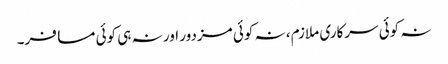
نہ کوئی سرکاری ملازم، نہ کوئی مزدور اور نہ ہی کوئی مسافر۔